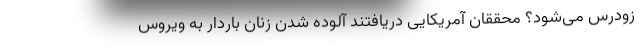
زودرس می‌شود؟ محققان آمریکایی دریافتند آلوده شدن زنان باردار به ویروس